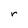
Character: r